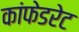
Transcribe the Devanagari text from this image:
कांफेडरेट